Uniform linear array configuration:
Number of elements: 4
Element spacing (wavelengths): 1
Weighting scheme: uniform
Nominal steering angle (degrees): -15
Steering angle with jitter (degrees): -14.844
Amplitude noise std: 0.05
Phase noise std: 0.05

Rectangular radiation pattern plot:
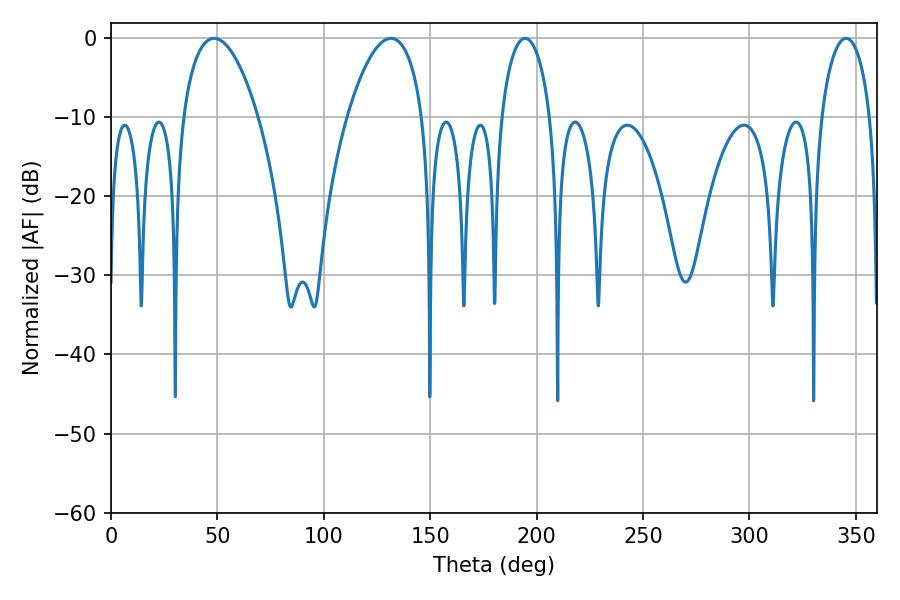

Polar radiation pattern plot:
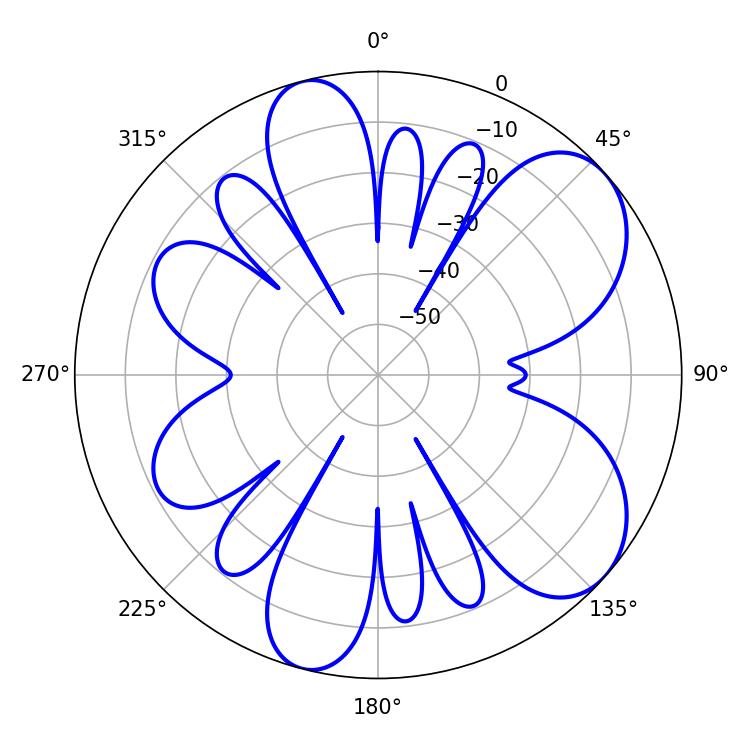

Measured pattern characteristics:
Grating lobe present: TRUE
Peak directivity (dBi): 7.158
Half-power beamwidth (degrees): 13.14
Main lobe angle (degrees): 194.58